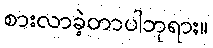
စားလာခဲ့တာပါဘုရား။